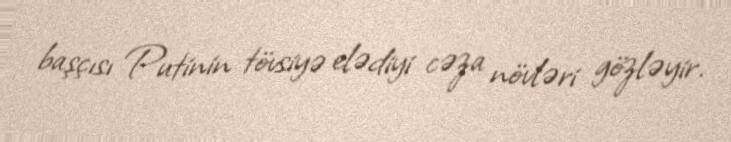
başçısı Putinin tövsiyə elədiyi cəza növləri gözləyir.